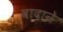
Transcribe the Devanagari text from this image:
वादाने